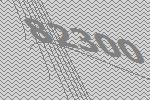
82300